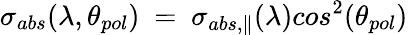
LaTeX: \sigma_{abs}(\lambda,\theta_{pol})\ =\ \sigma_{abs,\parallel}(\lambda)cos^{2}(\theta_{pol})